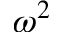
\omega ^ { 2 }